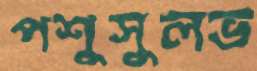
পশুসুলভ